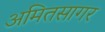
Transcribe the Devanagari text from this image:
अमितसागर